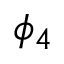
\phi _ { 4 }